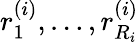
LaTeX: r_{1}^{(i)},\ldots,r_{R_{i}}^{(i)}